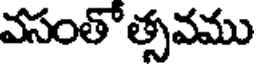
వసంతోత్సవము